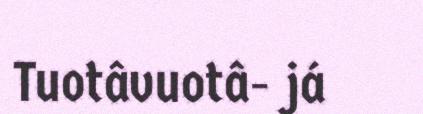
Tuotâvuotâ- já